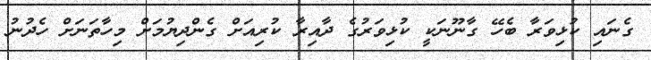
ގެނައި ކުޅިވަރާ ބެހޭ ގާނޫނަކީ ކުޅިވަރުގެ ދާއިރާ ކުރިއަށް ގެންދިޔުމަށް މިހާތަނަށް ހެދުނު